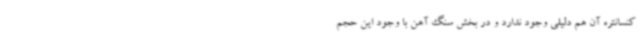
کنسانتره آن هم دلیلی وجود ندارد و در بخش سنگ آهن با وجود این حجم